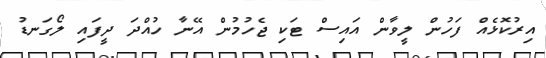
އިރުކޮޅެއް ފަހުން ލީވާން އައިސް ޓަކި ޖެހުމުން އޭނާ ހުއްދަ ދީފައި ލޯގަނޑު